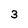
Character: 3